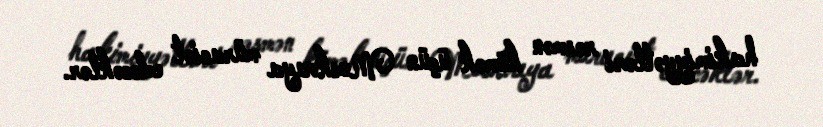
hakimiyyətləri rəsmən kömək üçün Moskvaya müraciət edəcəklər.